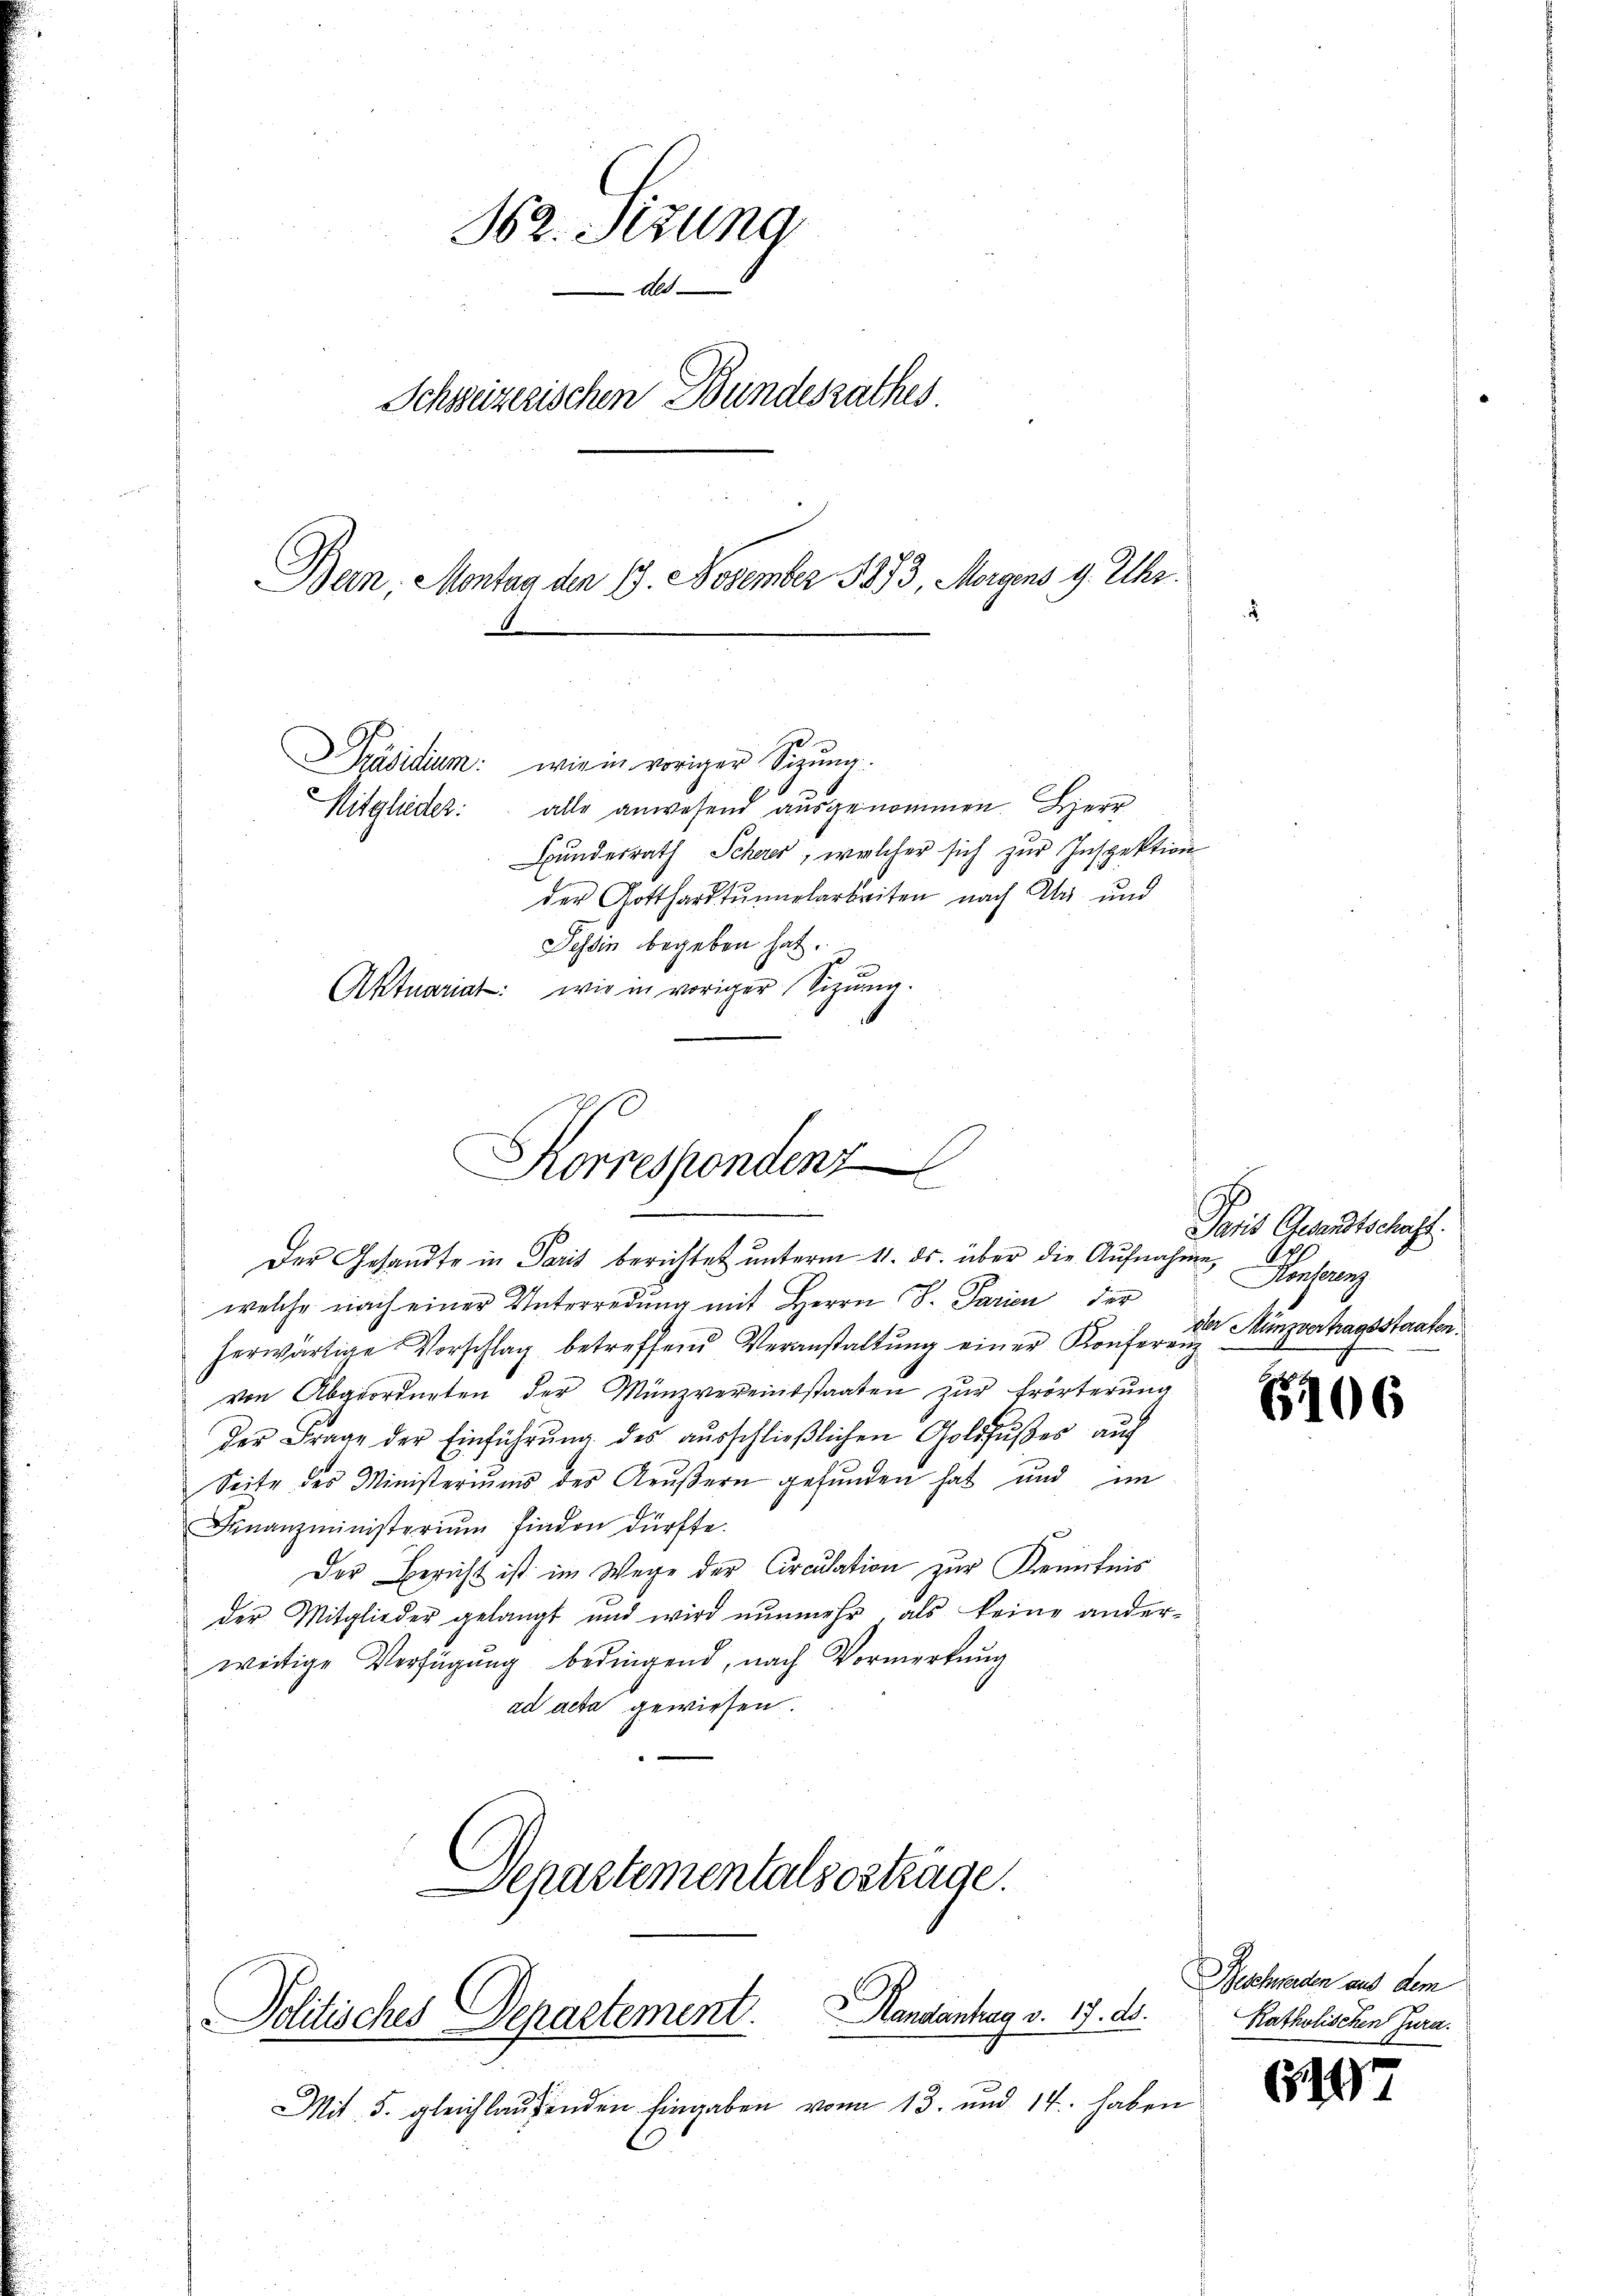
362. Sizung
Schweizerischen Bundesrathes
Bern. Montag den 19. November 1873, Morgens 9. Uhr
2
Präsidium: wie in voriger Sitzŭng.
Hitglieder: alle anwesend ausgenommen. Herr
Bundesrath Scherer, welcher sich zur Inspektion
der Gotthardtunnelarbeiten nach Aber und
Tessin begeben hat.

Aktuariat: wie in voriger Sizung.

Korrespondenz
Der Gesandte in Paris berichtet unterm 11. ds. über die Aufnahme,

welche nach einer Unterredung mit Herrn S. Parien der
herwärtige Vorschlag betreffend Veranstaltung einer Konferenz
von Abgeordneten der Münzvereinsstaaten zur Erörterung
der Frage der Einführŭng des aŭsschlieβlichen Golthuses auch
Seite des Ministeriums des Aeußern gefunden hat und im
Finanzministerium finden dürfte.
Der Bericht ist im Wege der Circulation zur Kenntnis
der Mitglieder gelangt und wird nunmehr als keine ander-
weitige Verfügung bedingend, nach Vormerkung
ad acta gewiesen.
Separtementalsostrage

Handantrag v. 17. ds.
Politisches Departement

Paris Gesandtschaft.
Festung
der Münzvertragsstaaten.

Mit 5. gleichlaufenden Eingaben von 13. und 14. haben

6106

Beschwerden aus dem
Katholischen Jura.

i